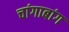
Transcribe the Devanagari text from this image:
चांगाबांग